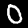
Label: 0